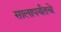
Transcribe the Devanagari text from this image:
सालापर्यंतचे